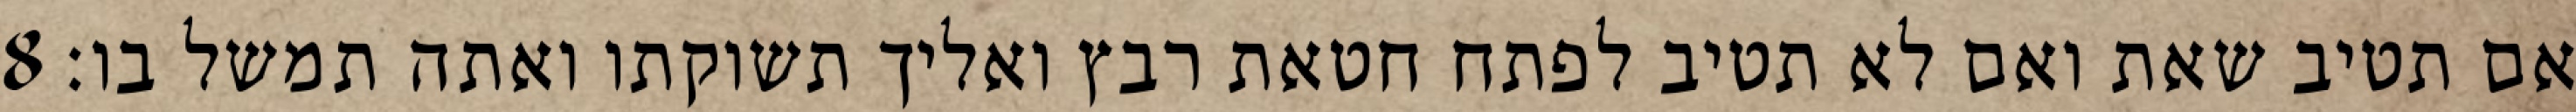
אם תטיב שאת ואם לא תטיב לפתח חטאת רבץ ואליך תשוקתו ואתה תמשל בו׃ ‎8‏